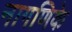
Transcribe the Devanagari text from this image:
नागणिके